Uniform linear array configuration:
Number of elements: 24
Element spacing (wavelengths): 0.5
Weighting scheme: uniform
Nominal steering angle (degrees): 60
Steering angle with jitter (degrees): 61.38
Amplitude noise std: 0.05
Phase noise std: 0.05

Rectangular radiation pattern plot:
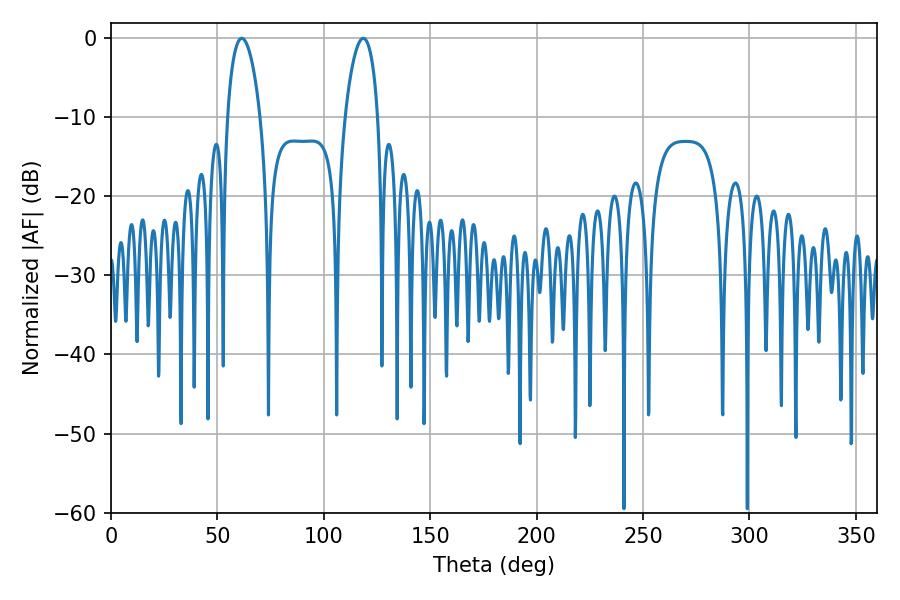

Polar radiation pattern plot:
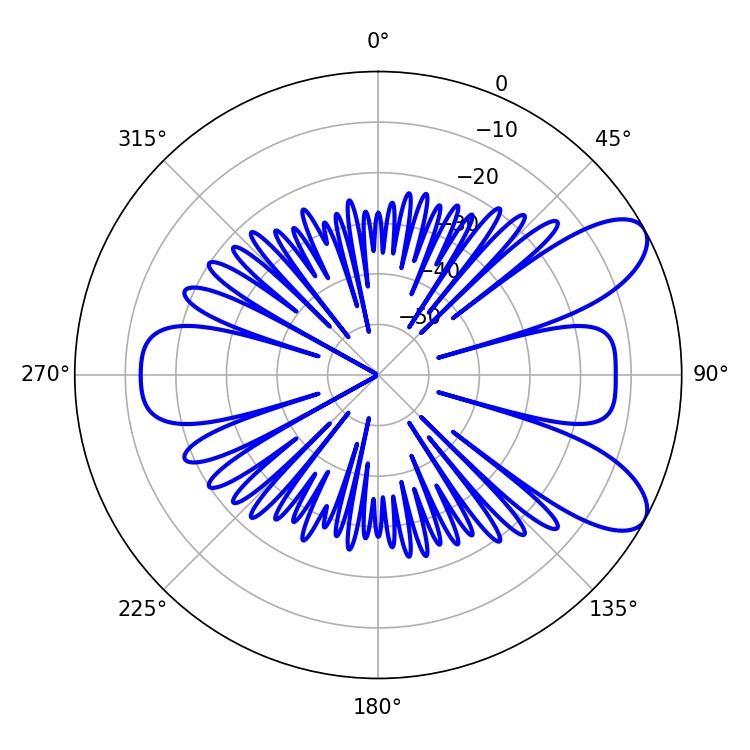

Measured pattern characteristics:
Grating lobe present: FALSE
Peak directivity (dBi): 8.46
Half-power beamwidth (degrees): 8.64
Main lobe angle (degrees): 61.38